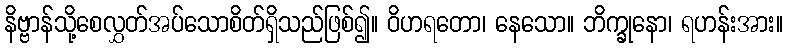
နိဗ္ဗာန်သို့စေလွှတ်အပ်သောစိတ်ရှိသည်ဖြစ်၍။ ဝိဟရတော၊ နေသော။ ဘိက္ခုနော၊ ရဟန်းအား။